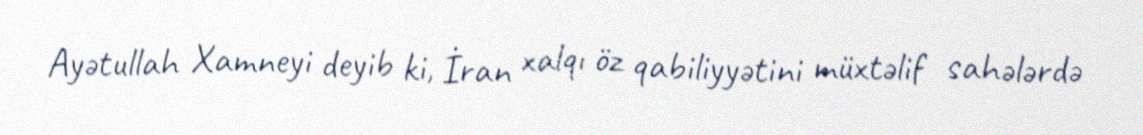
Ayətullah Xamneyi deyib ki, İran xalqı öz qabiliyyətini müxtəlif sahələrdə